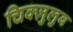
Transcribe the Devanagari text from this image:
चिक्ज़ुलुब